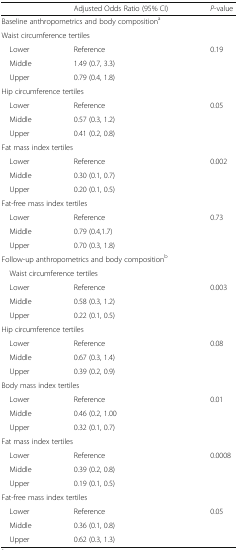
<table><thead><tr><td></td><td><b>Adjusted Odds Ratio (95% CI)</b></td><td><b><i>P</i>-value</b></td></tr></thead><tbody><tr><td colspan="3">Baseline anthropometrics and body composition<sup>a</sup></td></tr><tr><td colspan="3">Waist circumference tertiles</td></tr><tr><td> Lower</td><td>Reference</td><td>0.19</td></tr><tr><td> Middle</td><td>1.49 (0.7, 3.3)</td><td></td></tr><tr><td> Upper</td><td>0.79 (0.4, 1.8)</td><td></td></tr><tr><td colspan="3">Hip circumference tertiles</td></tr><tr><td> Lower</td><td>Reference</td><td>0.05</td></tr><tr><td> Middle</td><td>0.57 (0.3, 1.2)</td><td></td></tr><tr><td> Upper</td><td>0.41 (0.2, 0.8)</td><td></td></tr><tr><td colspan="3">Fat mass index tertiles</td></tr><tr><td> Lower</td><td>Reference</td><td>0.002</td></tr><tr><td> Middle</td><td>0.30 (0.1, 0.7)</td><td></td></tr><tr><td> Upper</td><td>0.20 (0.1, 0.5)</td><td></td></tr><tr><td colspan="3">Fat-free mass index tertiles</td></tr><tr><td> Lower</td><td>Reference</td><td>0.73</td></tr><tr><td> Middle</td><td>0.79 (0.4,1.7)</td><td></td></tr><tr><td> Upper</td><td>0.70 (0.3, 1.8)</td><td></td></tr><tr><td colspan="3">Follow-up anthropometrics and body composition<sup>b</sup></td></tr><tr><td colspan="3"> Waist circumference tertiles</td></tr><tr><td> Lower</td><td>Reference</td><td>0.003</td></tr><tr><td> Middle</td><td>0.58 (0.3, 1.2)</td><td></td></tr><tr><td> Upper</td><td>0.22 (0.1, 0.5)</td><td></td></tr><tr><td colspan="3">Hip circumference tertiles</td></tr><tr><td> Lower</td><td>Reference</td><td>0.08</td></tr><tr><td> Middle</td><td>0.67 (0.3, 1.4)</td><td></td></tr><tr><td> Upper</td><td>0.39 (0.2, 0.9)</td><td></td></tr><tr><td colspan="3">Body mass index tertiles</td></tr><tr><td> Lower</td><td>Reference</td><td>0.01</td></tr><tr><td> Middle</td><td>0.46 (0.2, 1.00</td><td></td></tr><tr><td> Upper</td><td>0.32 (0.1, 0.7)</td><td></td></tr><tr><td colspan="3">Fat mass index tertiles</td></tr><tr><td> Lower</td><td>Reference</td><td>0.0008</td></tr><tr><td> Middle</td><td>0.39 (0.2, 0.8)</td><td></td></tr><tr><td> Upper</td><td>0.19 (0.1, 0.5)</td><td></td></tr><tr><td colspan="3">Fat-free mass index tertiles</td></tr><tr><td> Lower</td><td>Reference</td><td>0.05</td></tr><tr><td> Middle</td><td>0.36 (0.1, 0.8)</td><td></td></tr><tr><td> Upper</td><td>0.62 (0.3, 1.3)</td><td></td></tr></tbody></table>